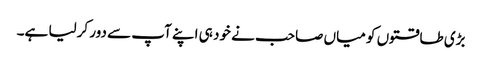
بڑی طاقتوں کو میاں صاحب نے خود ہی اپنے آپ سے دور کرلیا ہے۔